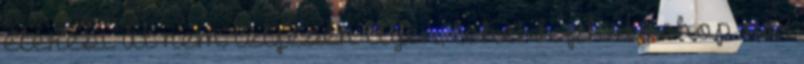
elérési út nem teljesen ilyen, lehet h photoshop cs3